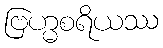
ဗြဟ္မစရိယဿ